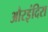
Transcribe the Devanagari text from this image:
औरइंदिरा